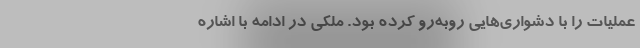
عملیات را با دشواری‌هایی روبه‌رو کرده بود. ملکی در ادامه با اشاره